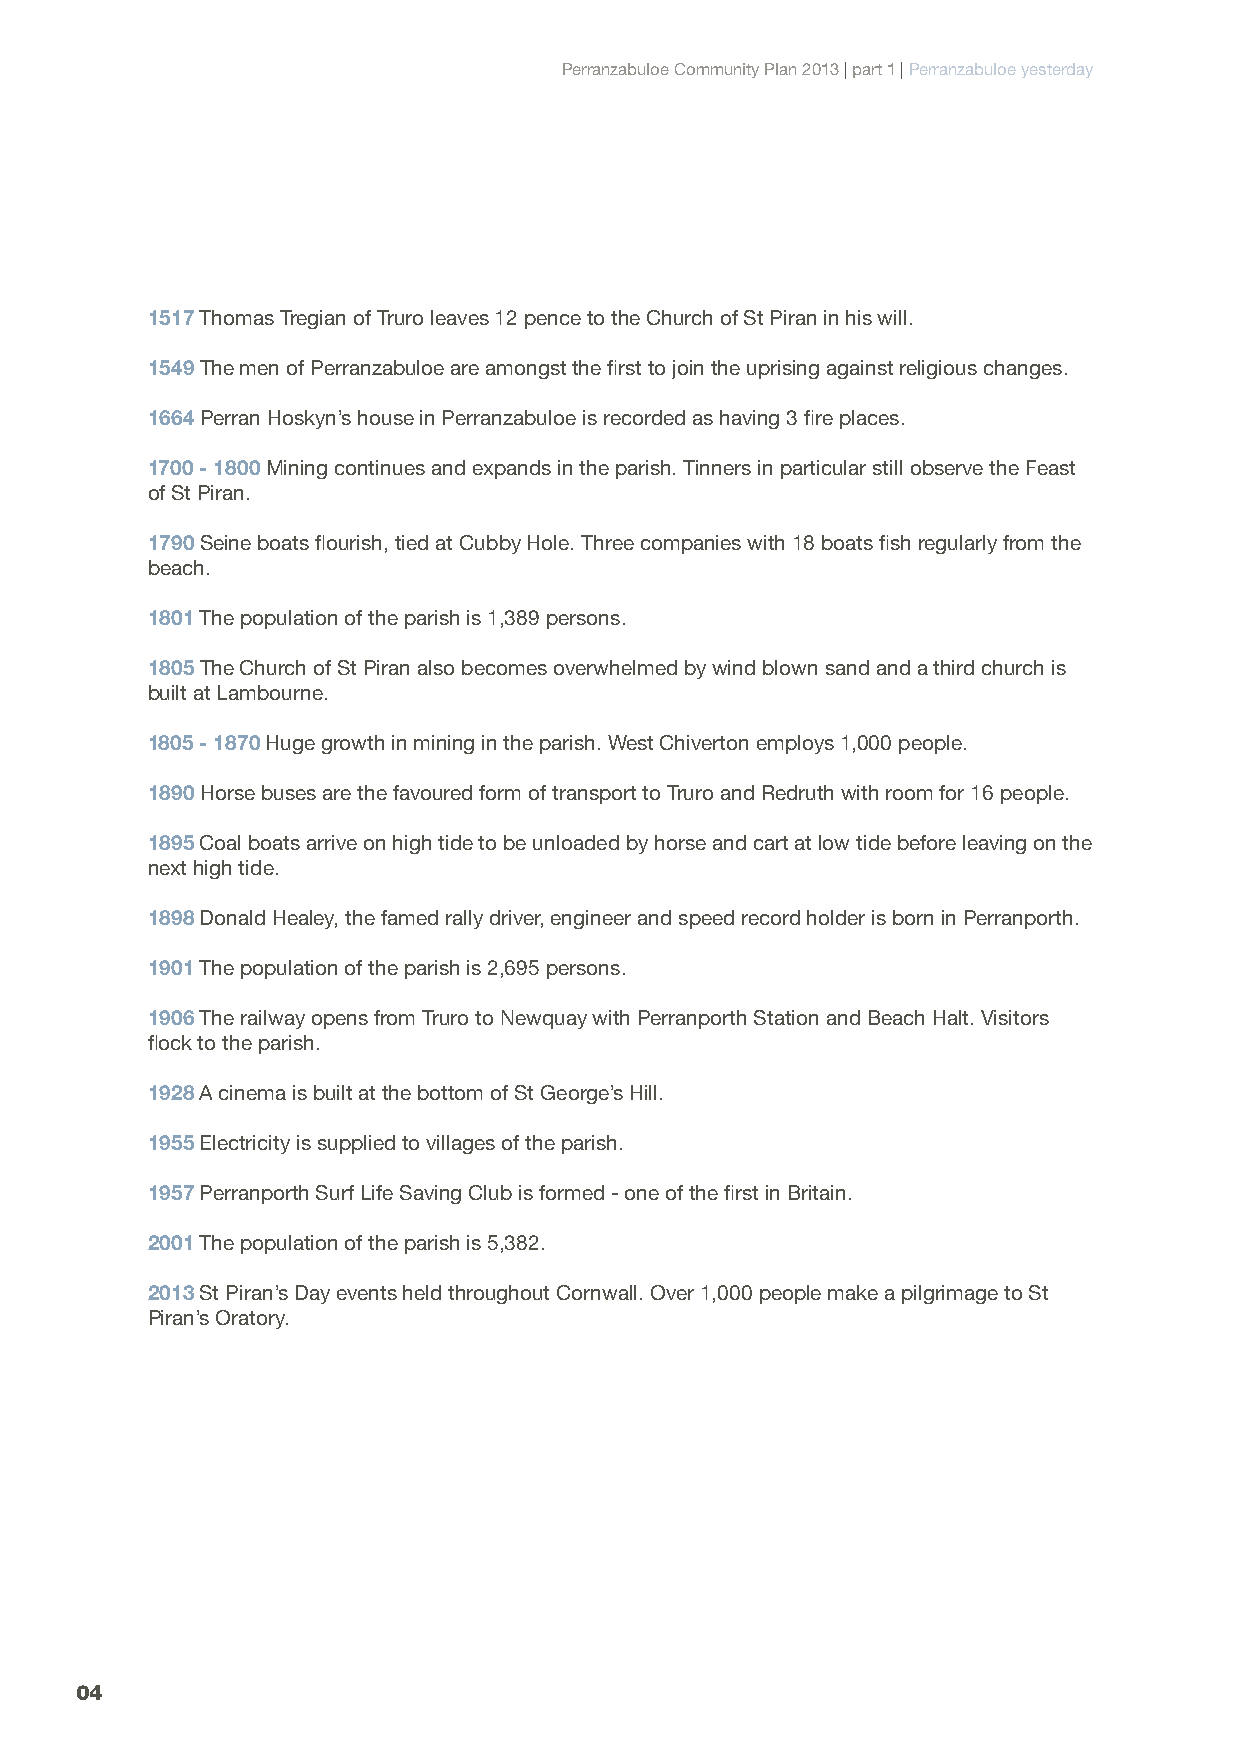
Perranzabuloe Community Plan 2013 | part 1 | Perranzabuloe yesterday
 1517 Thomas Tregian of Truro leaves 12 pence to the Church of St Piran in his will.
 1549 The men of Perranzabuloe are amongst the first to join the uprising against religious changes.
 1664 Perran Hoskyn’s house in Perranzabuloe is recorded as having 3 fire places.
 1700 - 1800 Mining continues and expands in the parish. Tinners in particular still observe the Feast
 of St Piran.
 1790 Seine boats flourish, tied at Cubby Hole. Three companies with 18 boats fish regularly from the
 beach.
 1801 The population of the parish is 1,389 persons.
 1805 The Church of St Piran also becomes overwhelmed by wind blown sand and a third church is
 built at Lambourne.
 1805 - 1870 Huge growth in mining in the parish. West Chiverton employs 1,000 people.
 1890 Horse buses are the favoured form of transport to Truro and Redruth with room for 16 people.
 1895 Coal boats arrive on high tide to be unloaded by horse and cart at low tide before leaving on the
 next high tide.
 1898 Donald Healey, the famed rally driver, engineer and speed record holder is born in Perranporth.
 1901 The population of the parish is 2,695 persons.
 1906 The railway opens from Truro to Newquay with Perranporth Station and Beach Halt. Visitors
 flock to the parish.
 1928 A cinema is built at the bottom of St George’s Hill.
 1955 Electricity is supplied to villages of the parish.
 1957 Perranporth Surf Life Saving Club is formed - one of the first in Britain.
 2001 The population of the parish is 5,382.
 2013 St Piran’s Day events held throughout Cornwall. Over 1,000 people make a pilgrimage to St
 Piran’s Oratory.
 04